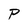
Character: P